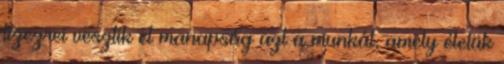
tízezrei vesztik el manapság azt a munkát, amely életük